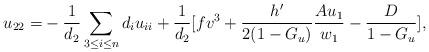
LaTeX: \begin{align*}u_{22}=&-\frac{1}{d_2}\sum_{3\leq i\leq n}d_iu_{ii}+\frac{1}{d_2}[f v^3+\frac{h'}{2(1-G_u)}\frac{Au_1}{w_1}-\frac{D}{1-G_u}],\end{align*}